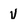
Character: v